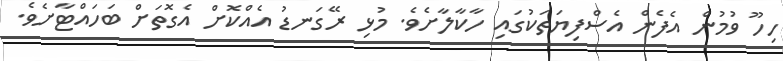
ހިހޫ ވުމުން އެފެން އެސްފިޔަތަކުގައި ހާކާލާށެވެ. މުޅި ރޭގަނޑު އެއްކޮށް އެގޮތަށް ބަހައްޓާށެވެ.